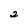
Character: 2